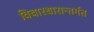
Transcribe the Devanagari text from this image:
विचारधारान्तर्गत